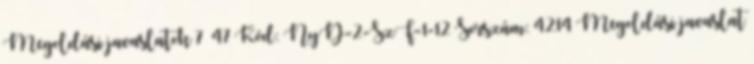
Megoldási javaslatok 7 47 Kód: NyD-2-SzF-1-12 Sorszám: 4214 Megoldási javaslat